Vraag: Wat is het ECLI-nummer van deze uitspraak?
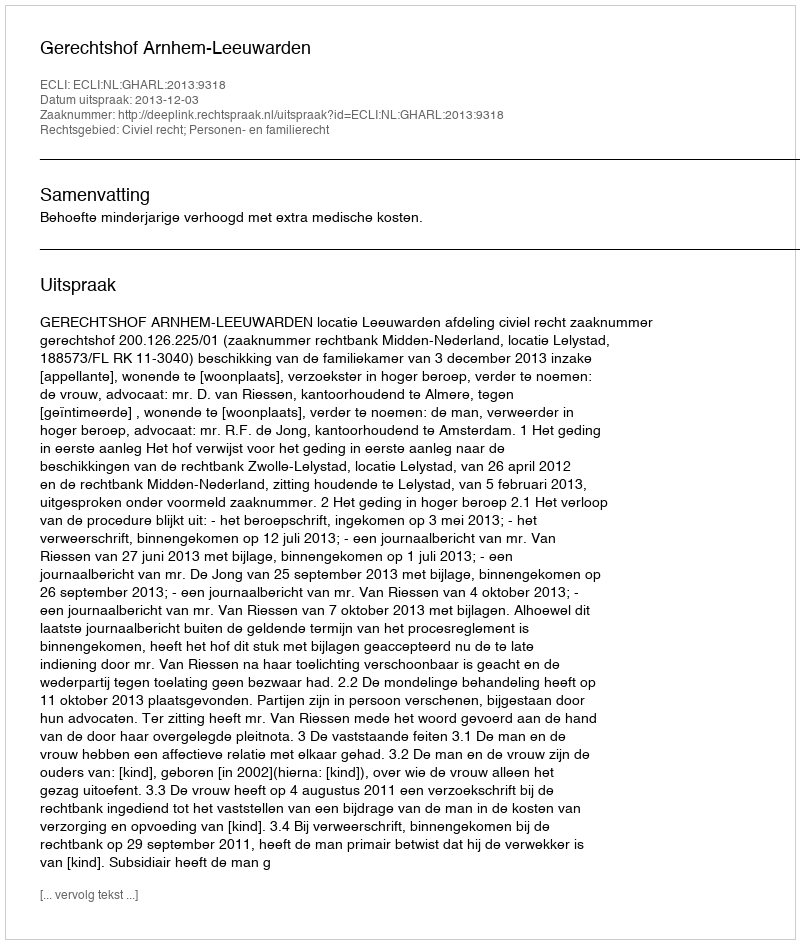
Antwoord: ECLI:NL:GHARL:2013:9318